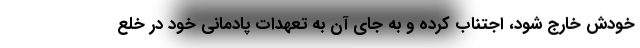
خودش خارج شود، اجتناب کرده و به جای آن به تعهدات پادمانی خود در خلع